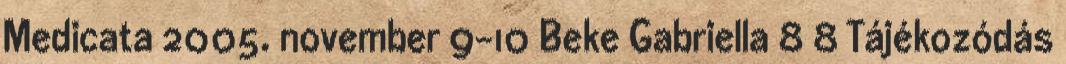
Medicata 2005. november 9-10 Beke Gabriella 8 8 Tájékozódás